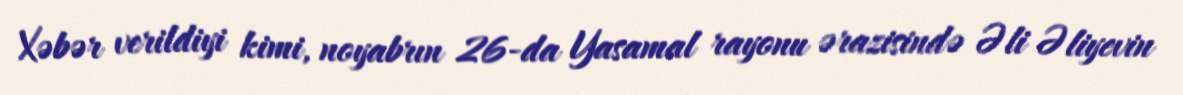
Xəbər verildiyi kimi, noyabrın 26-da Yasamal rayonu ərazisində Əli Əliyevin